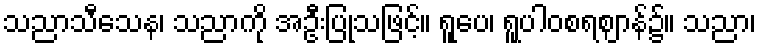
သညာသီသေန၊ သညာကို အဦးပြုသဖြင့်။ ရူပေ၊ ရူပါဝစရဈာန်၌။ သညာ၊